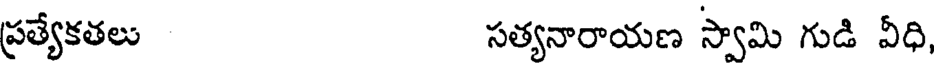
ప్రత్యేకతలు సత్యనారాయణ స్వామి గుడి వీధి,